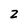
Character: 2